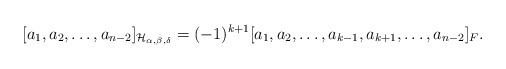
\begin{align*}[a_1,a_2,\ldots,a_{n-2}]_{\mathcal{H}_{\alpha,\beta,\delta}}=(-1)^{k+1}[a_1,a_2,\ldots,a_{k-1},a_{k+1},\ldots,a_{n-2}]_{F}.\end{align*}